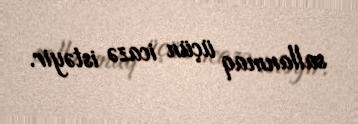
sallanmaq üçün icazə istəyir.